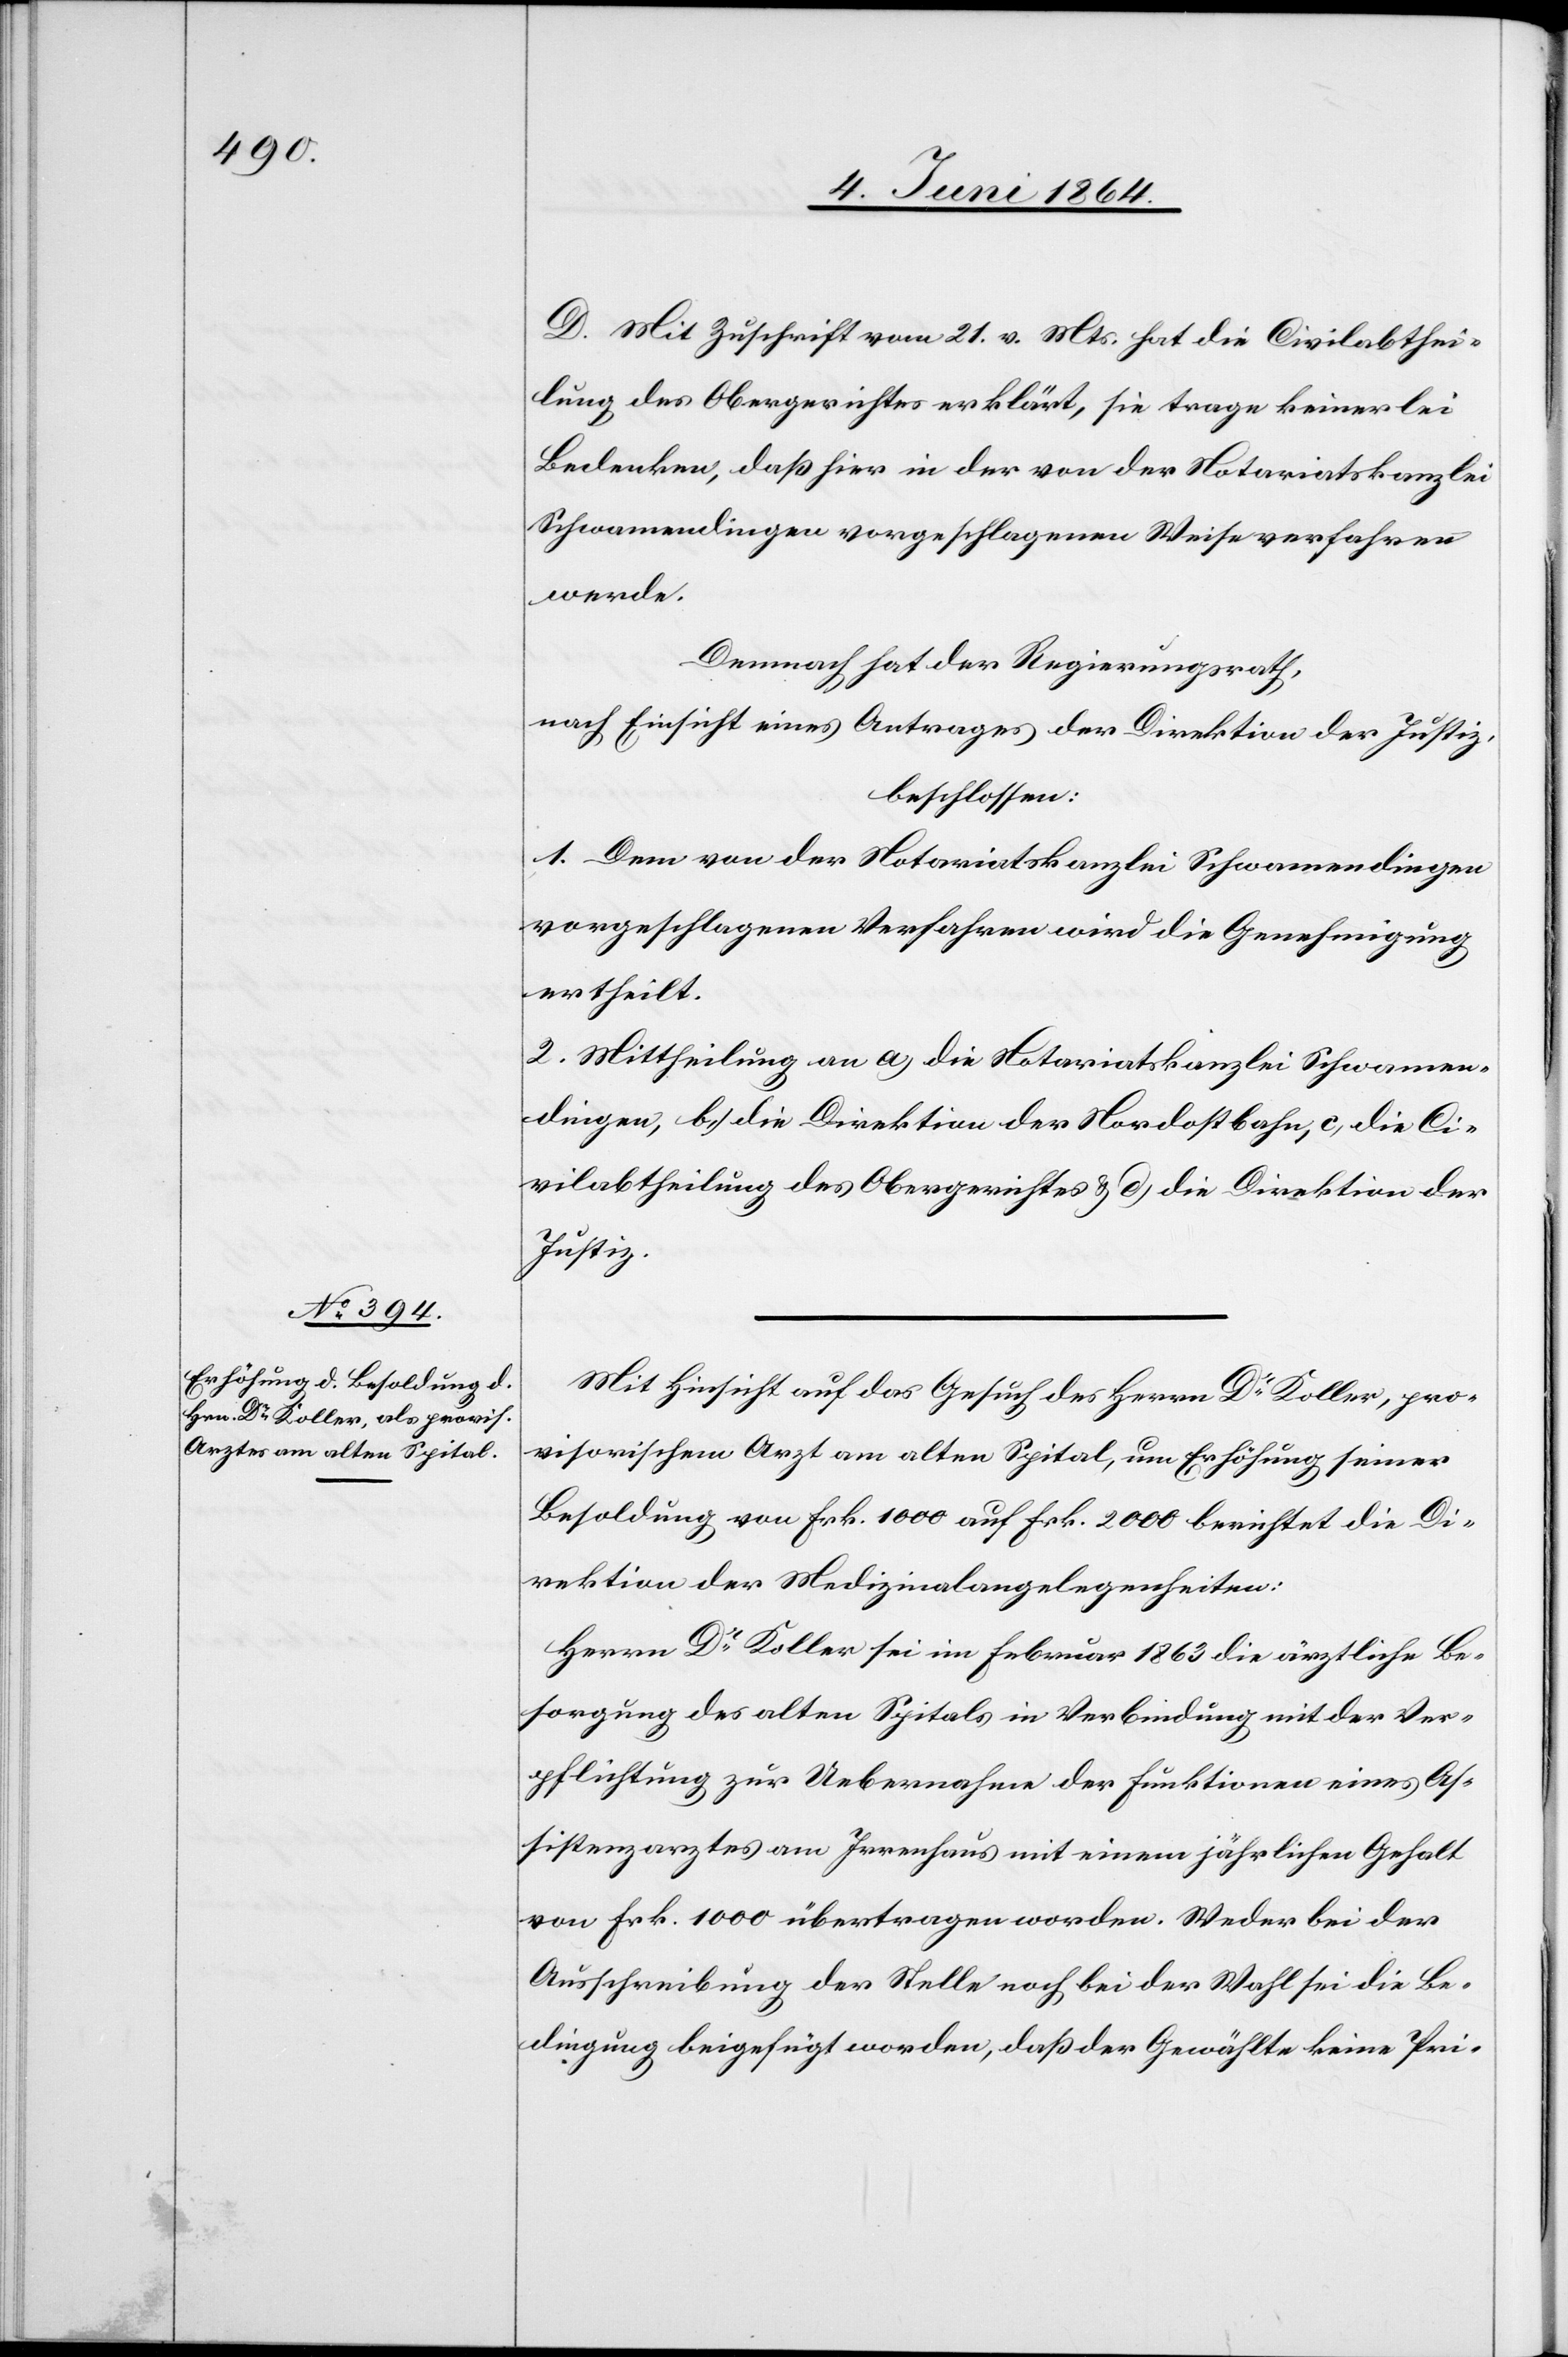
D. Mit Zuschrift vom 21. v. Mts. hat die Civilabthei¬
lung des Obergerichtes erklärt, sie trage keinerlei
Bedenken, daß hier in der von der Notariatskanzlei
Schwamendingen vorgeschlagenen Weise verfahren
werde.
Demnach hat der Regierungsrath,
nach Einsicht eines Antrages der Direktion der Justiz,
beschlossen:
1. Dem von der Notariatskanzlei Schwamendingen
vorgeschlagenen Verfahren wird die Genehmigung
ertheilt.
2. Mittheilung an a) die Notariatskanzlei Schwamen¬
dingen, b) die Direktion der Nordostbahn, c) die Ci¬
vilabtheilung des Obergerichtes u. d) die Direktion der
Justiz.
Mit Hinsicht auf das Gesuch des Herrn Dr Koller, pro¬
visorischem Arzt am alten Spital, um Erhöhung seiner
Besoldung von Frk. 1000 auf Frk. 2000 berichtet die Di¬
rektion der Medizinalangelegenheiten:
Herrn Dr Koller sei im Februar 1863 die ärztliche Be¬
sorgung des alten Spitals in Verbindung mit der Ver¬
pflichtung zur Uebernahme der Funktionen eines As¬
sistenzarztes am Irrenhaus mit einem jährlichen Gehalt
von Frk. 1000 übertragen worden. Weder bei der
Ausschreibung der Stelle noch bei der Wahl sei die Be¬
dingung beigefügt worden, daß der Gewählte keine Pri-